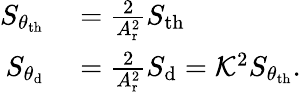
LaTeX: \begin{array}{rl}{S_{\theta_{\mathrm{th}}}}&{{}=\frac{2}{A_{\mathrm{r}}^{2}}S_{\mathrm{th}}}\\ {S_{\theta_{\mathrm{d}}}}&{{}=\frac{2}{A_{\mathrm{r}}^{2}}S_{\mathrm{d}}=\mathcal{K}^{2}S_{\theta_{\mathrm{th}}}.}\end{array}